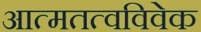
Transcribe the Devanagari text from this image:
आत्मतत्वविवेक